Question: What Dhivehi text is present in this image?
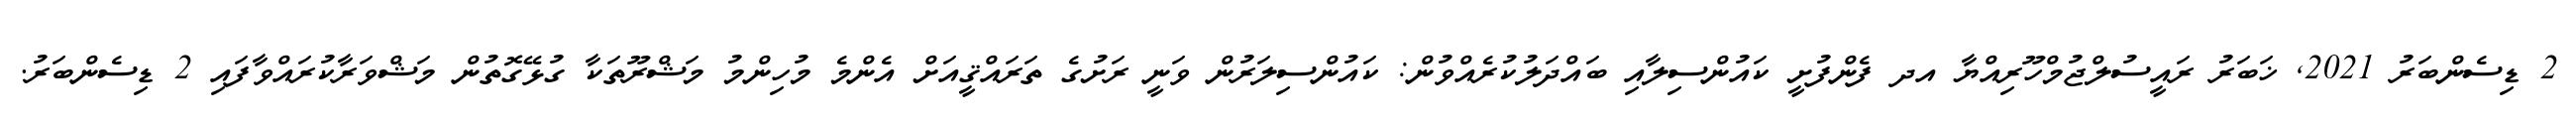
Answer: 2 ޑިސެންބަރު 2021, ޚަބަރު ރައީސުލްޖުމްހޫރިއްޔާ އދ ފެންފުށީ ކައުންސިލާއި ބައްދަލުކުރެއްވުން: ކައުންސިލަރުން ވަނީ ރަށުގެ ތަރައްޤީއަށް އެންމެ މުހިންމު މަޝްރޫތަކާ ގުޅޭގޮތުން މަޝްވަރާކުރައްވާފައި 2 ޑިސެންބަރު.